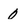
Character: 0